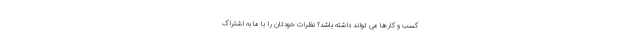
کسب و کارها می تواند داشته باشد؟ نظرات خودتان را با ما به اشتراک